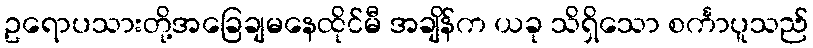
ဥရောပသားတို့အခြေချမနေထိုင်မီ အချိန်က ယခု သိရှိသော စင်္ကာပူသည်